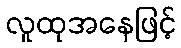
လူထုအနေဖြင့်